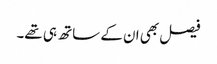
فیصل بھی ان کے ساتھ ہی تھے۔